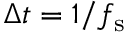
\Delta t = 1 / f _ { \mathrm { s } }